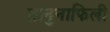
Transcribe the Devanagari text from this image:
तानुनाफिली